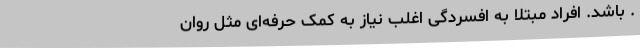
. باشد. افراد مبتلا به افسردگی اغلب نیاز به کمک حرفه‌ای مثل روان‌